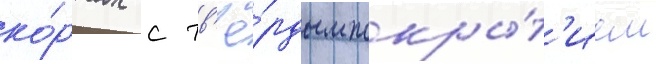
ко́ртах с тв'ё́рдым покры́т'ием